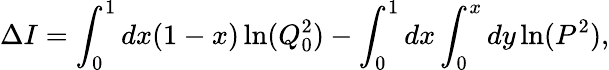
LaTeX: \Delta I=\int_{0}^{1}dx(1-x)\ln(Q_{0}^{2})-\int_{0}^{1}dx\int_{0}^{x}dy\ln(P^{2}),